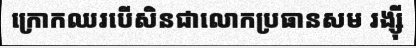
ក្រោកឈរបើសិនជាលោកប្រធានសម រង្ស៊ី